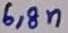
Text: 6,8n